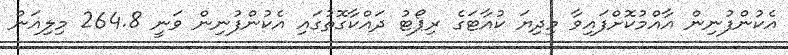
އެކުންފުނިން އާއްމުކޮށްފައިވާ މިދިޔަ ކުއާޓަގެ ރިޕޯޓު ދައްކާގޮތުގައި އެކުންފުނިން ވަނީ 264.8 މިލިއަން